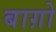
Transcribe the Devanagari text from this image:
बाग़ो